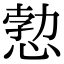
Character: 愂